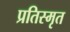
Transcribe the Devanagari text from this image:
प्रतिस्मृत